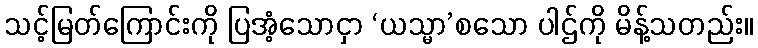
သင့်မြတ်ကြောင်းကို ပြအံ့သောငှာ ‘ယသ္မာ’စသော ပါဌ်ကို မိန့်သတည်း။